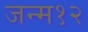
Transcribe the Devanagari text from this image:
जन्म१२